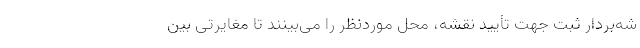
شه‌بردار ثبت جهت تأیید نقشه، محل موردنظر را می‌بینند تا مغایرتی بین